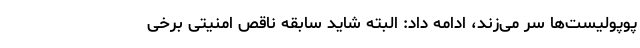
پوپولیست‌ها سر می‌زند، ادامه داد: البته شاید سابقه ناقص امنیتی برخی